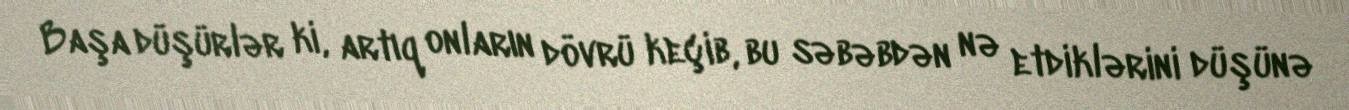
Başa düşürlər ki, artıq onların dövrü keçib, bu səbəbdən nə etdiklərini düşünə